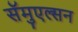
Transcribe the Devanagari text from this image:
सॅमुएल्सन